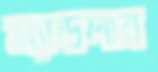
স্যাডলার